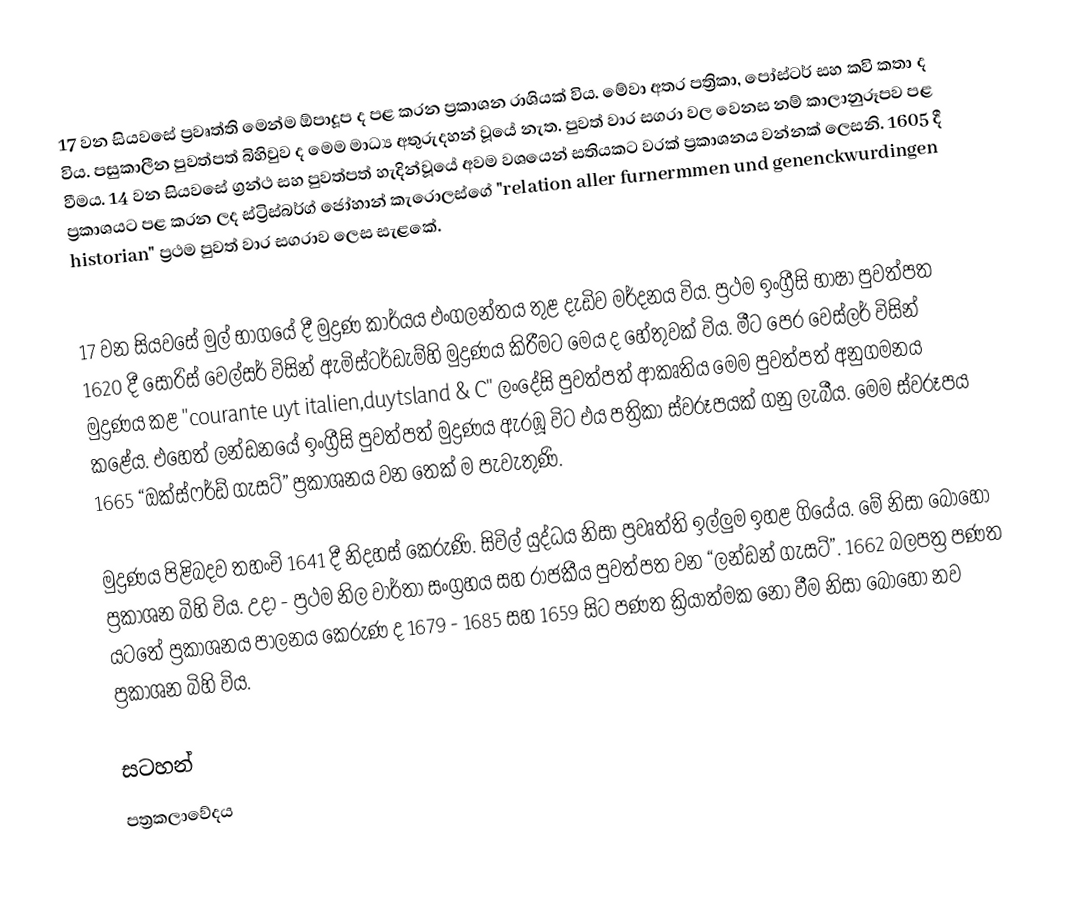
17 වන සියවසේ ප්‍රවෘත්ති මෙන්ම ඕපාදූප ද පළ කරන ප්‍රකාශන රාශියක් විය. මේවා අතර පත්‍රිකා, පෝස්ටර් සහ කවි කතා ද විය. පසුකාලීන පුවත්පත් බිහිවුව ද මෙම මාධ්‍ය අතුරුදහන් වූයේ නැත. පුවත් වාර සගරා වල වෙනස නම් කාලානුරූපව පළ වීමය. 14 වන සියවසේ ග්‍රන්ථ සහ පුවත්පත් හැදින්වූයේ අවම වශයෙන් සතියකට වරක් ප්‍රකාශනය වන්නක් ලෙසනි. 1605 දී  ප්‍රකාශයට පළ කරන ලද ස්ට්‍රිස්බර්ග් ජෝහාන් කැරොලස්ගේ "relation aller furnermmen und genenckwurdingen historian" ප්‍රථම පුවත් වාර සගරාව ලෙස සැළකේ.

17 වන සියවසේ  මුල් භාගයේ දී මුද්‍රණ කාර්යය එංගලන්තය තුළ දැඩිව මර්දනය විය. ප්‍රථම ඉංග්‍රීසි භාෂා පුවත්පත 1620 දී සොරිස් වෙල්සර් විසින් ඇමිස්ටර්ඩැම්හි මුද්‍රණය කිරීමට මෙය ද හේතුවක් විය. මීට පෙර වෙස්ලර් විසින් මුද්‍රණය කළ "courante uyt italien,duytsland & C" ලංදේසි පුවත්පත් ආකෘතිය මෙම පුවත්පත් අනුගමනය කළේය. එහෙත් ලන්ඩනයේ ඉංග්‍රීසි පුවත්පත් මුද්‍රණය ඇරඹූ විට එය පත්‍රිකා ස්වරූපයක්  ගනු ලැබීය. මෙම ස්වරූපය 1665 “ඔක්ස්ෆර්ඩ් ගැසට්” ප්‍රකාශනය වන තෙක් ම පැවැතුණි.

මුද්‍රණය පිළිබදව තහංචි 1641 දී නිදහස් කෙරුණි. සිවිල් යුද්ධය නිසා ප්‍රවෘත්ති ඉල්ලුම ඉහළ ගියේය. මේ නිසා බොහෝ ප්‍රකාශන බිහි විය. උදා - ප්‍රථම නිල වාර්තා සංග්‍රහය සහ රාජකීය පුවත්පත වන “ලන්ඩන් ගැසට්”. 1662 බලපත්‍ර පණත යටතේ ප්‍රකාශනය පාලනය කෙරුණ ද 1679 - 1685 සහ 1659 සිට පණත ක්‍රියාත්මක නො වීම නිසා බොහෝ නව ප්‍රකාශන බිහි විය.

සටහන්
පත්‍රකලාවේදය